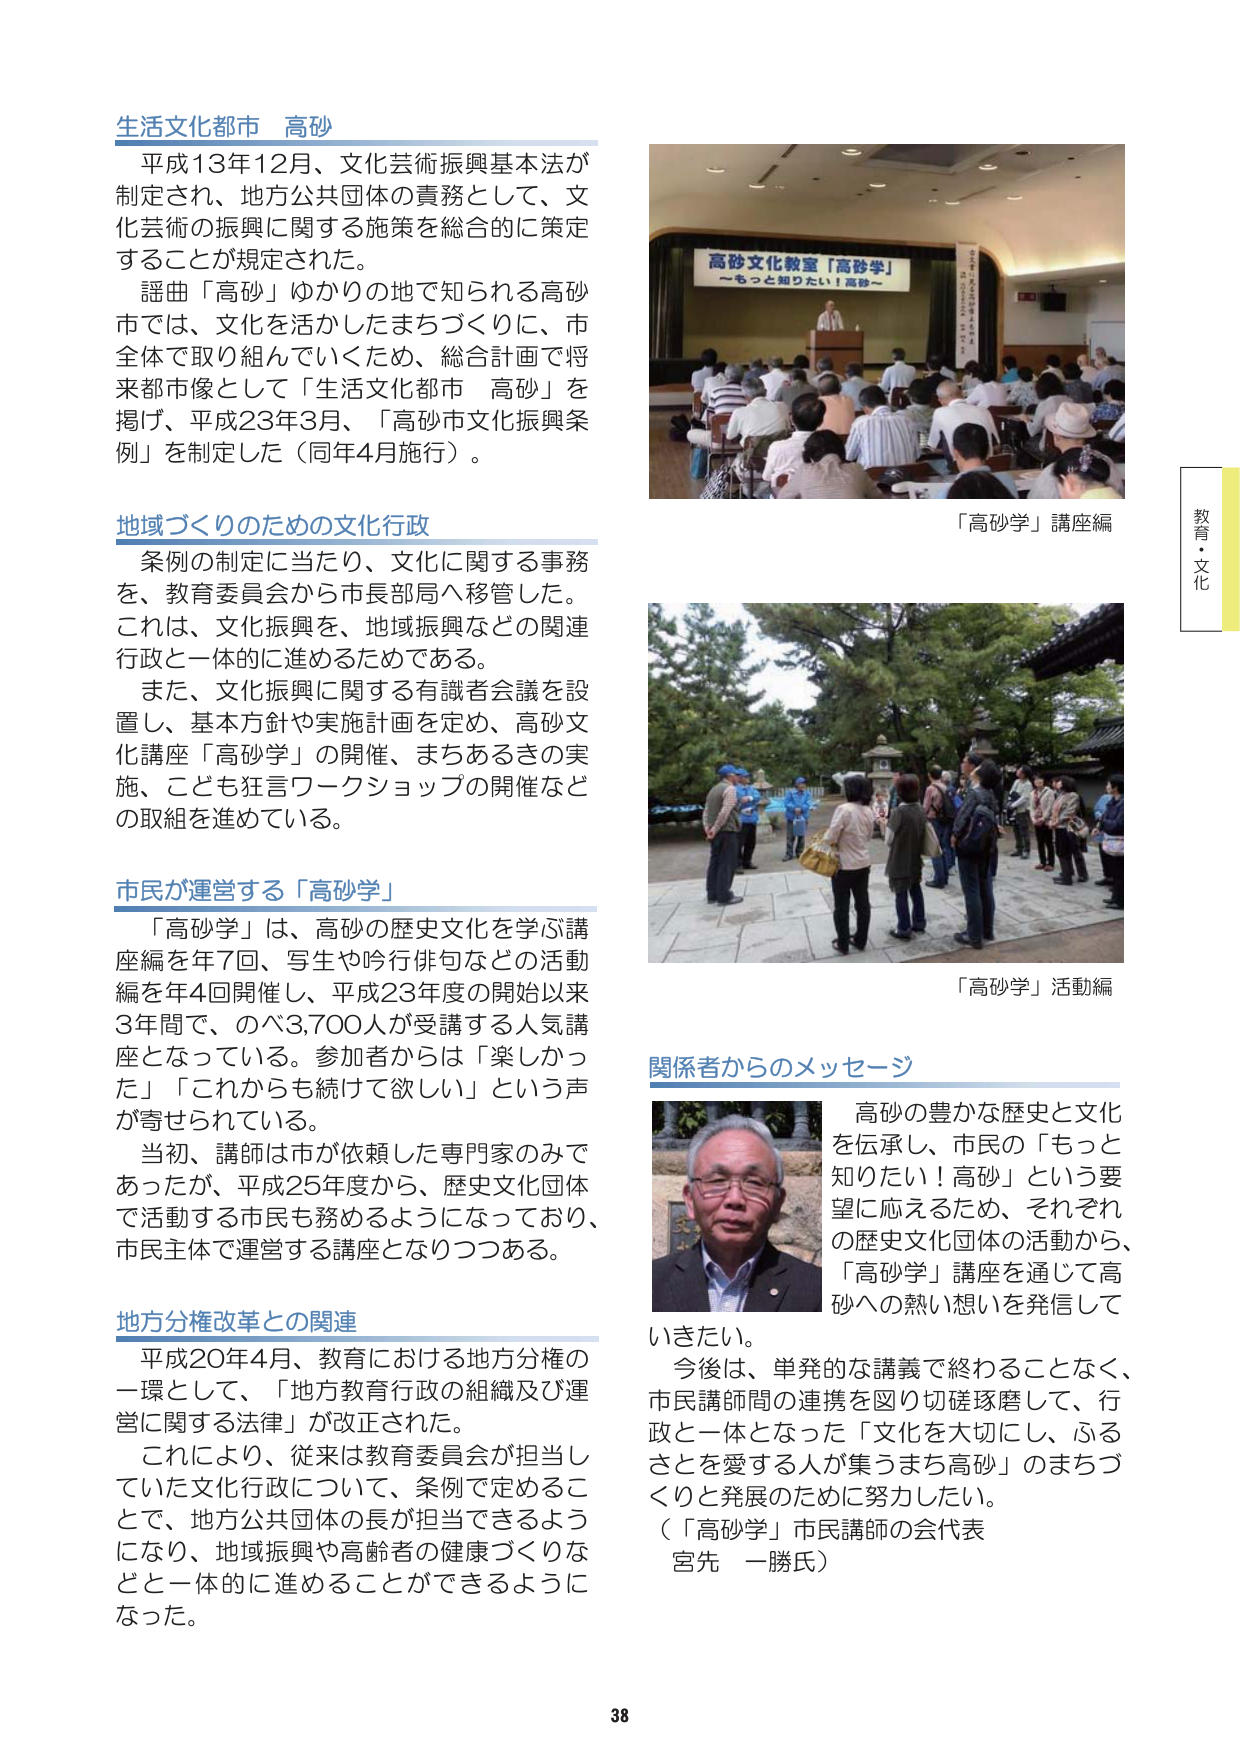
生活文化都市 高砂
平成13年12月、文化芸術振興基本法が
制定され、地方公共団体の責務として、文
化芸術の振興に関する施策を総合的に策定
することが規定された。
謡曲「高砂」ゆかりの地で知られる高砂
市では、文化を活かしたまちづくりに、市
全体で取り組んでいくため、総合計画で将
来都市像として「生活文化都市 高砂」を
掲げ、平成23年3月、「高砂市文化振興条
例」を制定した（同年4月施行）。

地域づくりのための文化行政
条例の制定に当たり、文化に関する事務
を、教育委員会から市長部局へ移管した。
これは、文化振興を、地域振興などの関連
行政と一体的に進めるためである。
また、文化振興に関する有識者会議を設
置し、基本方針や実施計画を定め、高砂文
化講座「高砂学」の開催、まちあるきの実
施、こども狂言ワークショップの開催など
の取組を進めている。

市民が運営する「高砂学」
「高砂学」は、高砂の歴史文化を学ぶ講
座編を年7回、写生や吟行俳句などの活動
編を年4回開催し、平成23年度の開始以来
3年間で、のべ3,700人が受講する人気講
座となっている。参加者からは「楽しかっ
た」「これからも続けて欲しい」という声
が寄せられている。
当初、講師は市が依頼した専門家のみで
あったが、平成25年度から、歴史文化団体
で活動する市民も務めるようになっており、
市民主体で運営する講座となりつつある。

地方分権改革との関連
平成20年4月、教育における地方分権の
一環として、「地方教育行政の組織及び運
営に関する法律」が改正された。
これにより、従来は教育委員会が担当し
ていた文化行政について、条例で定めるこ
とで、地方公共団体の長が担当できるよう
になり、地域振興や高齢者の健康づくりな
どと一体的に進めることができるようにな
った。

高砂文化教室「高砂学」
～もっと知りたい！高砂～
「高砂学」講座編

「高砂学」活動編

関係者からのメッセージ
高砂の豊かな歴史と文化
を伝承し、市民の「もっと
知りたい！高砂」という要
望に応えるため、それぞれ
の歴史文化団体の活動から、
「高砂学」講座を通じて高
砂への熱い想いを発信して
いきたい。
今後は、単発的な講義で終わることなく、
市民講師間の連携を図り切磋琢磨して、行
政と一体となった「文化を大切にし、ふる
さとを愛する人が集うまち高砂」のまちづ
くりと発展のために努力したい。
（「高砂学」市民講師の会代表
宮先 一勝氏）

教育・文化
38